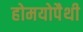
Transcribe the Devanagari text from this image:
होमयोपैथी